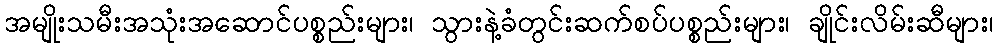
အမျိုးသမီးအသုံးအဆောင်ပစ္စည်းများ၊ သွားနဲ့ခံတွင်းဆက်စပ်ပစ္စည်းများ၊ ချိုင်းလိမ်းဆီများ၊